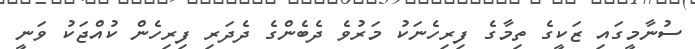
ސުނާމީގައި ޒަކީގެ ތިމާގެ ފިރިހެނަކު މަރުވެ ދެބެންގެ ދެދަރި ފިރިހެން ކުއްޖަކު ވަނީ